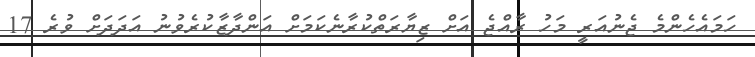
ހަމައެހެންމެ ޖެނުއަރީ މަހު ރާއްޖެ އަށް ޒިޔާރަތްކުރާނެކަމަށް އަންދާޒާކުރެވުނު އަދަދަށް ވުރެ 17